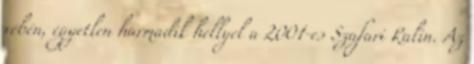
vébén, egyetlen harmadik hellyel a 2001-es Szafari Ralin. Az